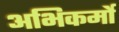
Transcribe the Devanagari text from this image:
अभिकर्मो